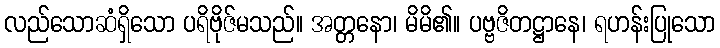
လည်သောဆံရှိသော ပရိဗိုဇ်မသည်။ အတ္တနော၊ မိမိ၏။ ပဗ္ဗဇိတဋ္ဌာနေ၊ ရဟန်းပြုသော